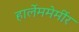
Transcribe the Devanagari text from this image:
हार्लेममेर्मीर